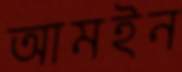
আমইন